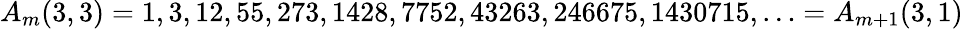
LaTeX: A_{m}(3,3)=1,3,12,55,273,1428,7752,43263,246675,1430715,\ldots=A_{m+1}(3,1)